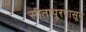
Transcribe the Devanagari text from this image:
सीतापूरपासून